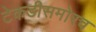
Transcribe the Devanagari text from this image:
टेकडीसमोरच